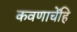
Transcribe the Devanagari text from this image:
कवणाचेंहि